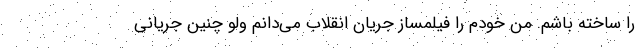
را ساخته باشم. من خودم را فیلمساز جریان انقلاب می‌دانم ولو چنین جریانی